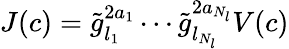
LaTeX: J(c)=\tilde{g}_{l_{1}}^{2a_{1}}\cdots\tilde{g}_{l_{N_{l}}}^{2a_{N_{l}}}V(c)